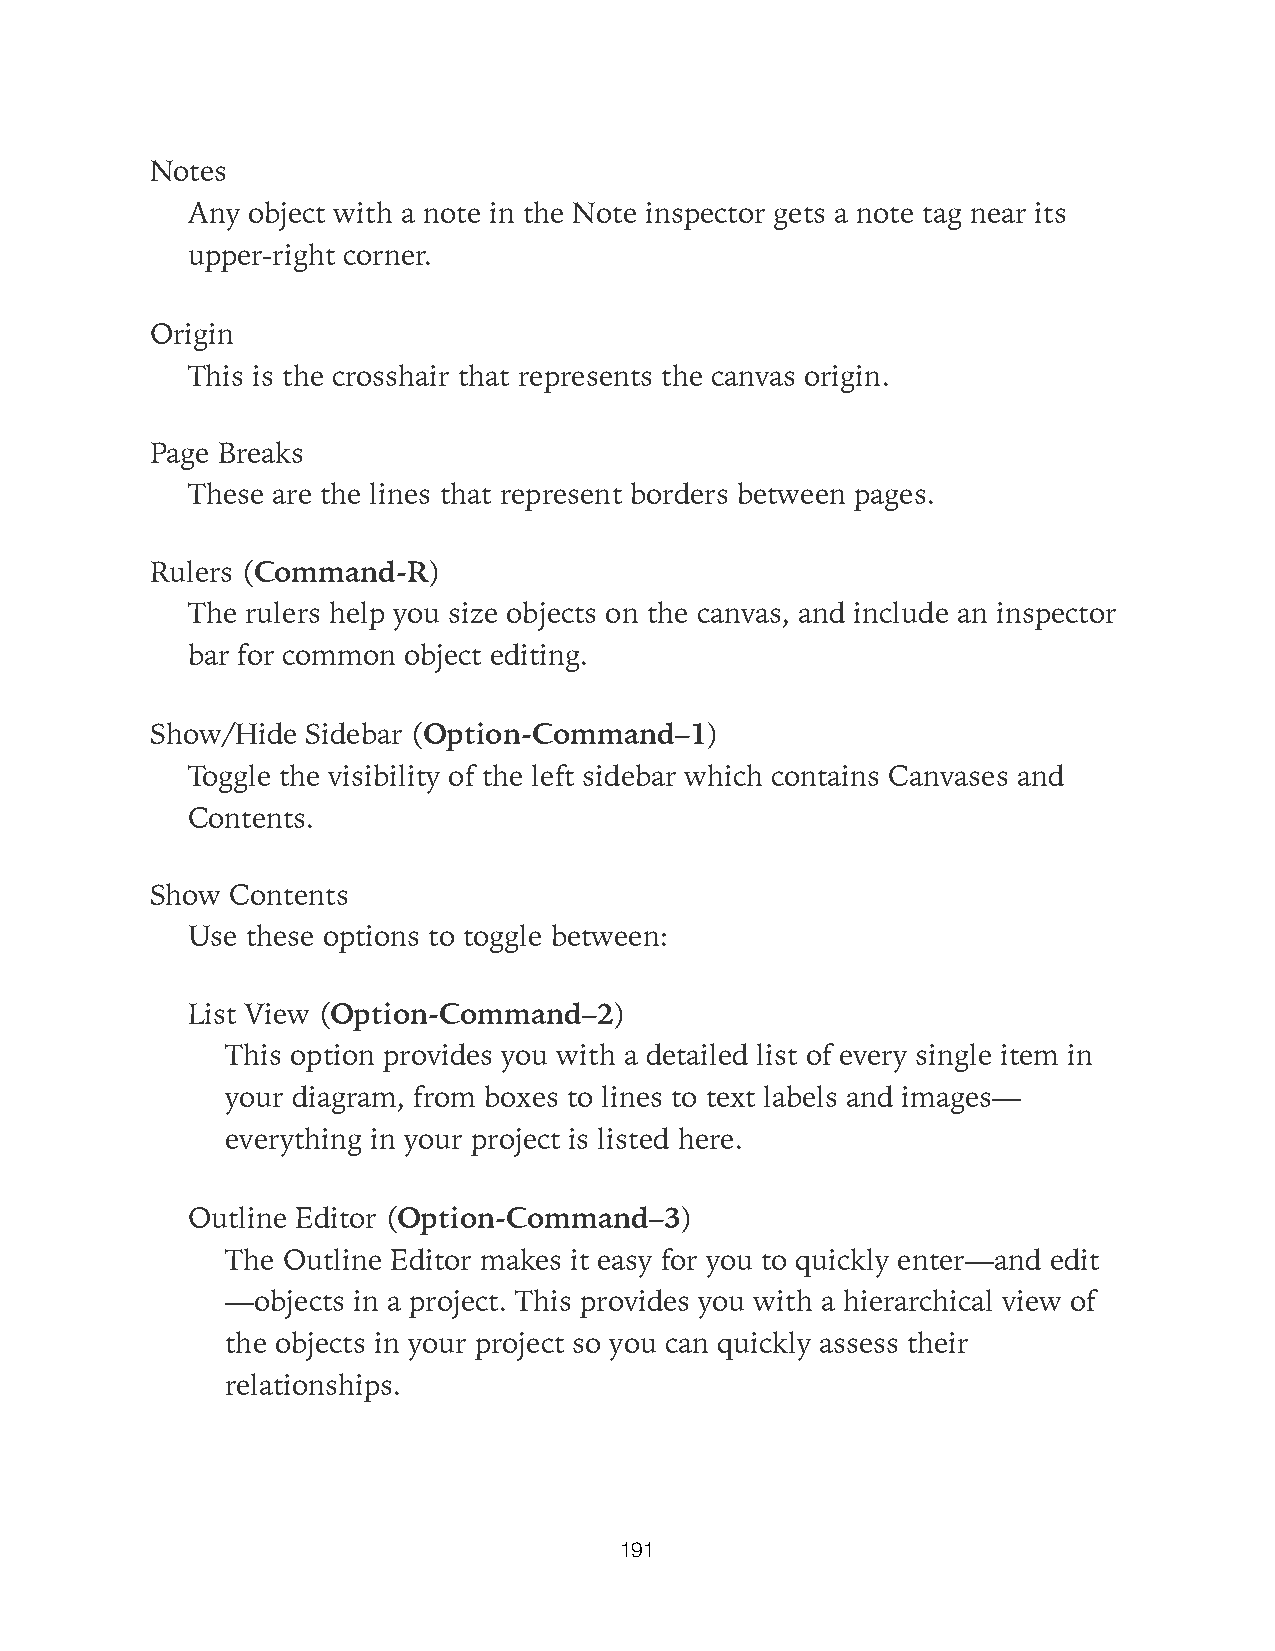
Notes
 Any object with a note in the Note inspector gets a note tag near its
 upper-right corner.
 Origin
 This is the crosshair that represents the canvas origin.
 Page Breaks
 These are the lines that represent borders between pages.
 Rulers (Command-R)
 The rulers help you size objects on the canvas, and include an inspector
 bar for common object editing.
 Show/Hide Sidebar (Option-Command–1)
 Toggle the visibility of the left sidebar which contains Canvases and
 Contents.
 Show Contents
 Use these options to toggle between:
 List View (Option-Command–2)
 This option provides you with a detailed list of every single item in
 your diagram, from boxes to lines to text labels and images—
 everything in your project is listed here.
 Outline Editor (Option-Command–3)
 The Outline Editor makes it easy for you to quickly enter—and edit
 —objects in a project. This provides you with a hierarchical view of
 the objects in your project so you can quickly assess their
 relationships.
 191